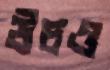
উচও